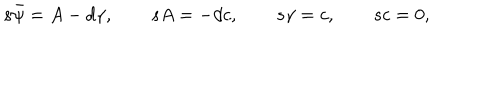
LaTeX: s { \bar { \psi } } = A - d { \gamma } , \quad \quad s A = - d c , \quad \quad s \gamma = c , \quad \quad s c = 0 ,